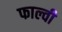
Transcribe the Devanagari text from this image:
फाल्वी